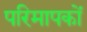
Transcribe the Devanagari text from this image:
परिमापकों